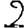
Digit: 2